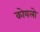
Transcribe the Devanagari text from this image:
कोयलो